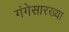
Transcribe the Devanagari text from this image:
गंगेसारख्या